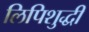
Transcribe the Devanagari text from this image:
लिपिशुद्धी